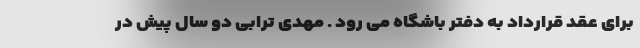
برای عقد قرارداد به دفتر باشگاه می رود . مهدی ترابی دو سال پیش در